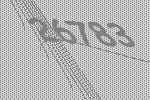
26783